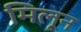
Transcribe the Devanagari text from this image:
मिलून